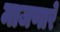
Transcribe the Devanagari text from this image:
माजणारे